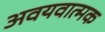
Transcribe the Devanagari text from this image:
अवयवात्मक